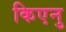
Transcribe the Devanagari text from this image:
किएनु